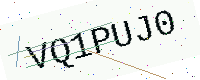
Text: VQ1PUJ0